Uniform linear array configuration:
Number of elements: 4
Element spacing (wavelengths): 0.5
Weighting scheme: blackman
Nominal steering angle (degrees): -45
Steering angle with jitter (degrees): -46.698
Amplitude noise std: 0.05
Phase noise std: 0.05

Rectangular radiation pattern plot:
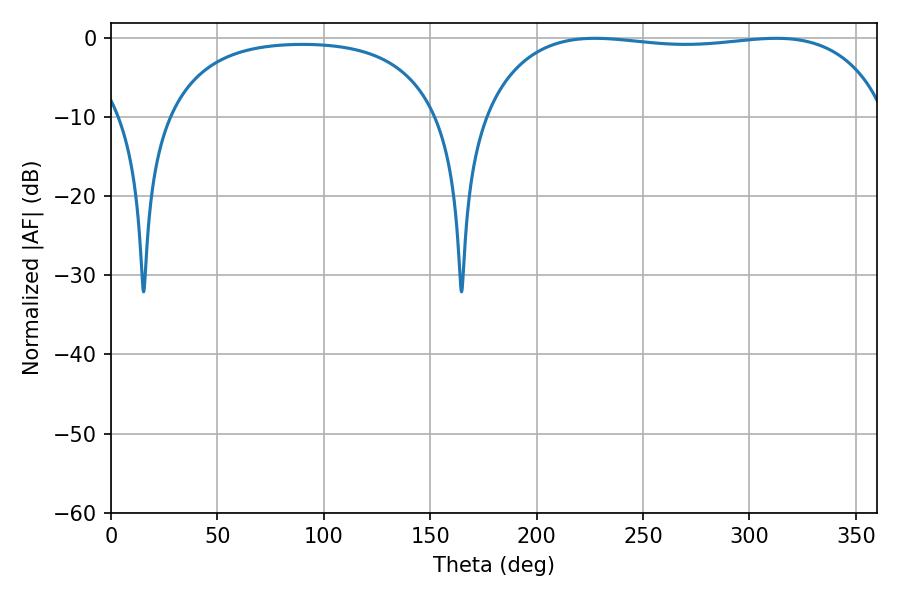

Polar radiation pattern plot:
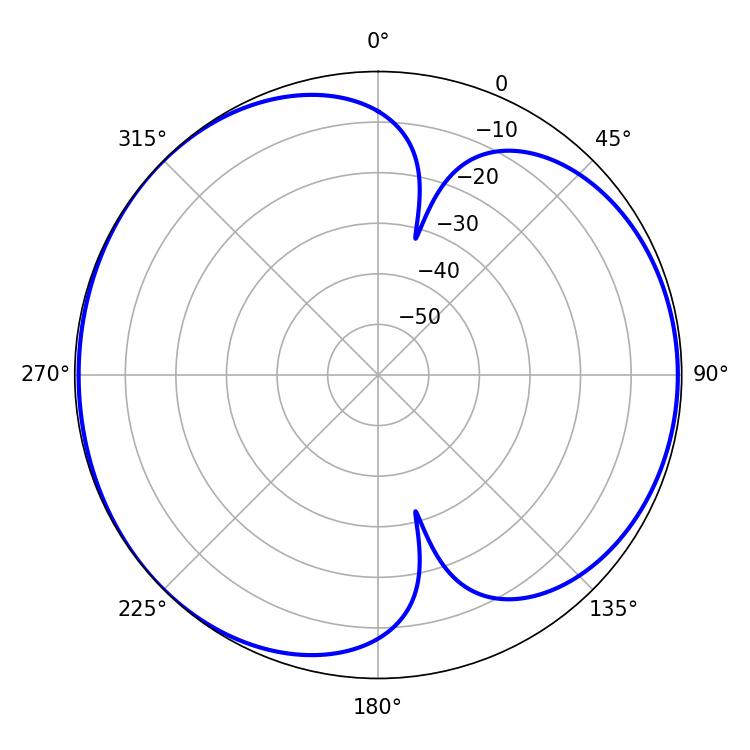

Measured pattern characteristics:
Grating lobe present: FALSE
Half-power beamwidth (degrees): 152.64
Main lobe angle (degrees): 227.34